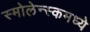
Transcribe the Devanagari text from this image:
स्मोलेन्स्कमध्ये